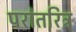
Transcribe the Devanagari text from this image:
परांतरित्र